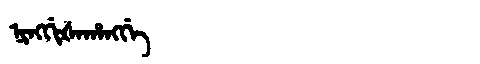
Manchu: ᠨᡳᠩᡤᡳᡧᠠᡥᠠᠩᡤᡝ
Romanization: NINGGIŠAHANGGE